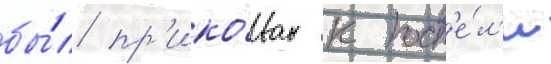
бы́л пр'ико́ван к пост'е́л'и